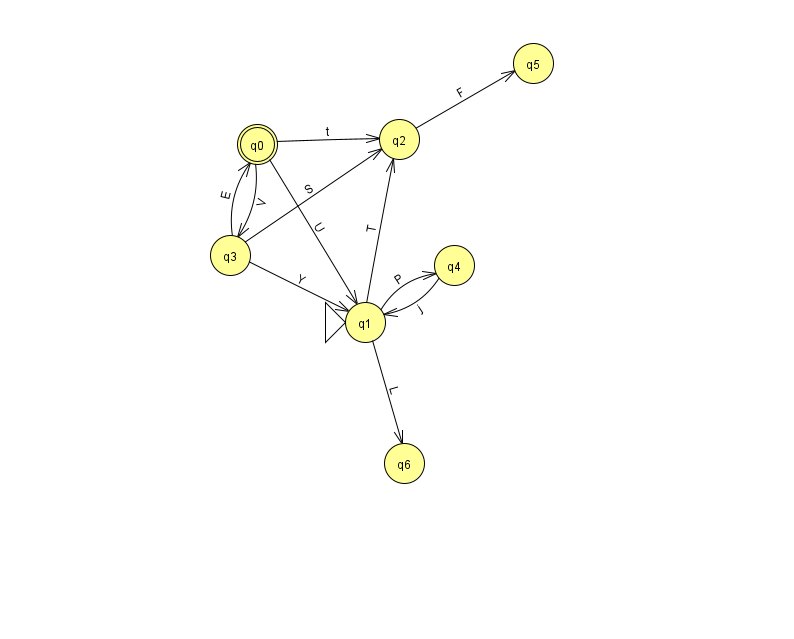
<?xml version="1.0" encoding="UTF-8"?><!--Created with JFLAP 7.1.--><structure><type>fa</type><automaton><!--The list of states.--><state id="0" name="q0"><x>257.0</x><y>131.0</y><final/></state><state id="1" name="q1"><x>365.0</x><y>309.0</y><initial/></state><state id="2" name="q2"><x>399.0</x><y>126.0</y></state><state id="3" name="q3"><x>230.0</x><y>242.0</y></state><state id="4" name="q4"><x>454.0</x><y>252.0</y></state><state id="5" name="q5"><x>533.0</x><y>50.0</y></state><state id="6" name="q6"><x>404.0</x><y>450.0</y></state><!--The list of transitions.--><transition><from>2</from><to>5</to><read>F</read></transition><transition><from>3</from><to>1</to><read>Y</read></transition><transition><from>3</from><to>2</to><read>S</read></transition><transition><from>3</from><to>0</to><read>E</read></transition><transition><from>0</from><to>3</to><read>V</read></transition><transition><from>0</from><to>2</to><read>t</read></transition><transition><from>1</from><to>6</to><read>L</read></transition><transition><from>4</from><to>1</to><read>j</read></transition><transition><from>0</from><to>1</to><read>U</read></transition><transition><from>1</from><to>4</to><read>P</read></transition><transition><from>1</from><to>2</to><read>T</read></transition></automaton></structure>